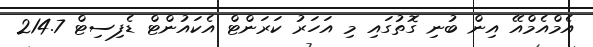
އެމްއެމްއޭ އިން ބުނި ގޮތުގައި މި އަހަރު ކަރަންޓް އެކައުންޓް ޑެފިސިޓް 214.7